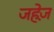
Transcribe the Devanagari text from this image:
जहेज़